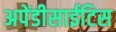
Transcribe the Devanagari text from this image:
अपेंडीसाईटिस